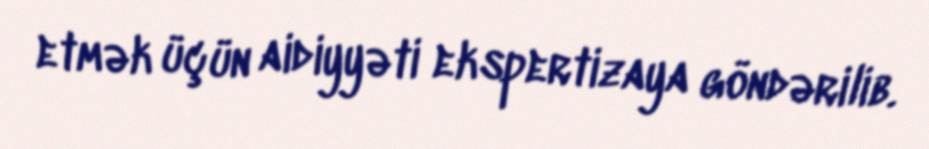
etmək üçün aidiyyəti ekspertizaya göndərilib.